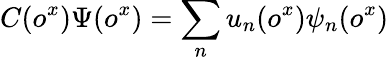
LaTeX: C(o^{x})\Psi(o^{x})=\sum_{n}u_{n}(o^{x})\psi_{n}(o^{x})